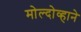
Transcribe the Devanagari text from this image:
मोल्दोव्हाने